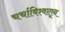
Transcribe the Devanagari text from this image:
चर्चाविश्वातून